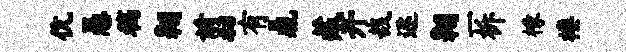
伉愚稿翱翦有鼎藏开哉逐翱一柝椽楼